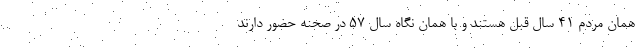
همان مردم ۴۱ سال قبل هستند و با همان نگاه سال ۵۷ در صحنه حضور دارند